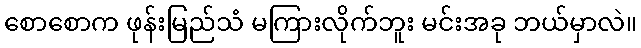
စောစောက ဖုန်းမြည်သံ မကြားလိုက်ဘူး မင်းအခု ဘယ်မှာလဲ။